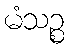
မံသဉ္စ